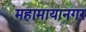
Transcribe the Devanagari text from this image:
महामायानगर